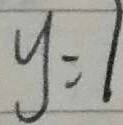
y : 1